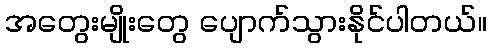
အတွေးမျိုးတွေ ပျောက်သွားနိုင်ပါတယ်။